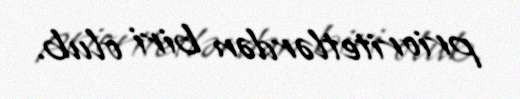
prioritetlərdən biri olub.